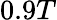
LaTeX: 0.9T